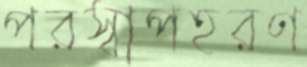
পরস্বাপহরণ